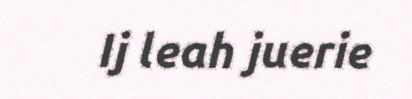
Ij leah juerie